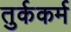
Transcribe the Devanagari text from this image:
तुर्ककर्म